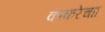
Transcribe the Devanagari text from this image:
काकरेचाा